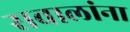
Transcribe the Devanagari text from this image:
सवालांना